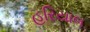
હરિયાલ